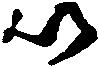
以